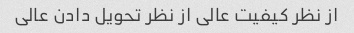
از نظر کیفیت عالی از نظر تحویل دادن عالی